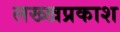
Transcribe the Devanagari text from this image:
लख्खप्रकाश